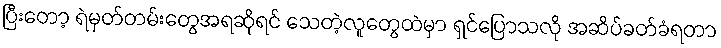
ပြီးတော့ ရဲမှတ်တမ်းတွေအရဆိုရင် သေတဲ့လူတွေထဲမှာ ရှင်ပြောသလို အဆိပ်ခတ်ခံရတာ